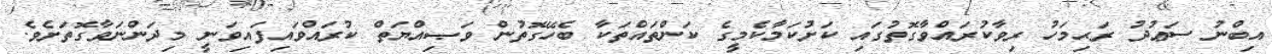
އިބްނު ސަޢުދު ރަޙިމަހު ރިވާކުރައްވާގޮތުގައި ކަށުކަމާކެމީގެ ކަންތައްތަކާ ބެހޭގޮތުން ވަޞިއްޔަތް ކުރައްވައިފައިވަނީ މިދަންނަވާގޮތަށެވެ.